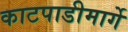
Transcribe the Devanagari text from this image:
काटपाडीमार्गे